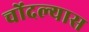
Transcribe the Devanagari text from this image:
चोंदल्यास